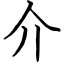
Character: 介